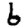
Digit: 6